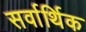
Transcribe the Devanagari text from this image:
सर्वार्थिक